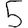
Digit: 5